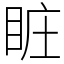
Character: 𥅾